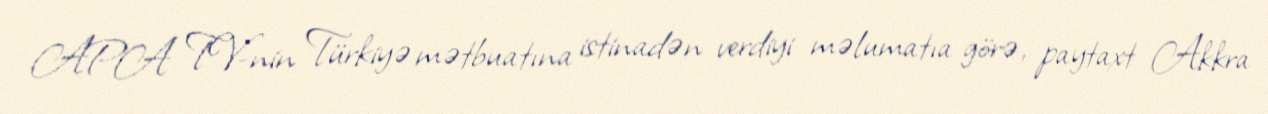
APA TV-nin Türkiyə mətbuatına istinadən verdiyi məlumatıa görə, paytaxt Akkra